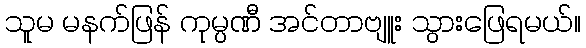
သူမ မနက်ဖြန် ကုမ္ပဏီ အင်တာဗျူး သွားဖြေရမယ်။